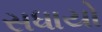
સધાયો